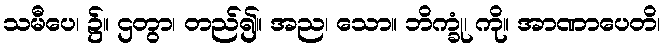
သမီပေ၊ ၌။ ဌတွာ၊ တည်၍။ အည၊ သော။ ဘိက္ခုံ၊ ကို။ အာဏာပေတိ၊